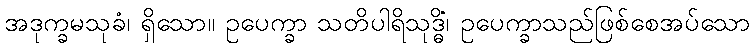
အဒုက္ခမသုခံ၊ ရှိသော။ ဥပေက္ခာ သတိပါရိသုဒ္ဓိံ၊ ဥပေက္ခာသည်ဖြစ်စေအပ်သော